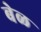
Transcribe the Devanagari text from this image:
बेळ